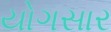
યોગસાર